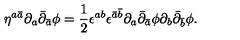
\eta ^ { a \bar { a } } \partial _ { a } \bar { \partial } _ { \bar { a } } \phi = \frac { 1 } { 2 } \epsilon ^ { a b } \epsilon ^ { \bar { a } \bar { b } } \partial _ { a } \bar { \partial } _ { \bar { a } } \phi \partial _ { b } \bar { \partial } _ { \bar { b } } \phi .